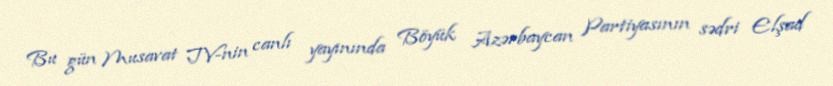
Bu gün Musavat TV-nin canlı yayınında Böyük Azərbaycan Partiyasının sədri Elşad